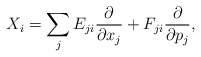
\begin{align*} X_i = \sum_j E_{ji}\frac{\partial}{\partial x_j} + F_{ji}\frac{\partial}{\partial p_j},\end{align*}